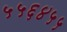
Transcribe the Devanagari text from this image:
५५६४५५